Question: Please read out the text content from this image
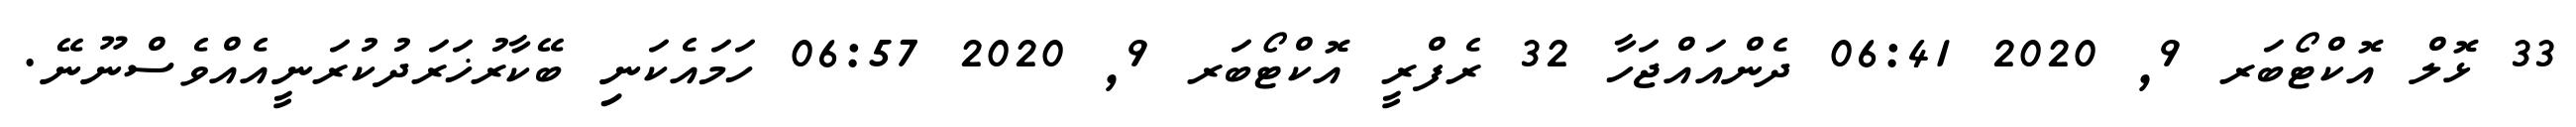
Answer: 33 ޅޮލް އޮކްޓޯބަރ 9, 2020 06:41 ދެންއައްޖަހާ 32 ރެފްރީ އޮކްޓޯބަރ 9, 2020 06:57 ހަމައެކަނި ބޭކާރުޚަރަދުކުރަނީއެއްވެސްނޫނޭ.